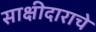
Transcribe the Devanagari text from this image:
साक्षीदाराचे